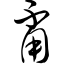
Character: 甭